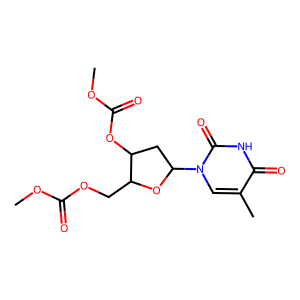
SMILES: COC(=O)OCC1OC(n2cc(C)c(=O)[nH]c2=O)CC1OC(=O)OC
Inhibits HIV replication: No